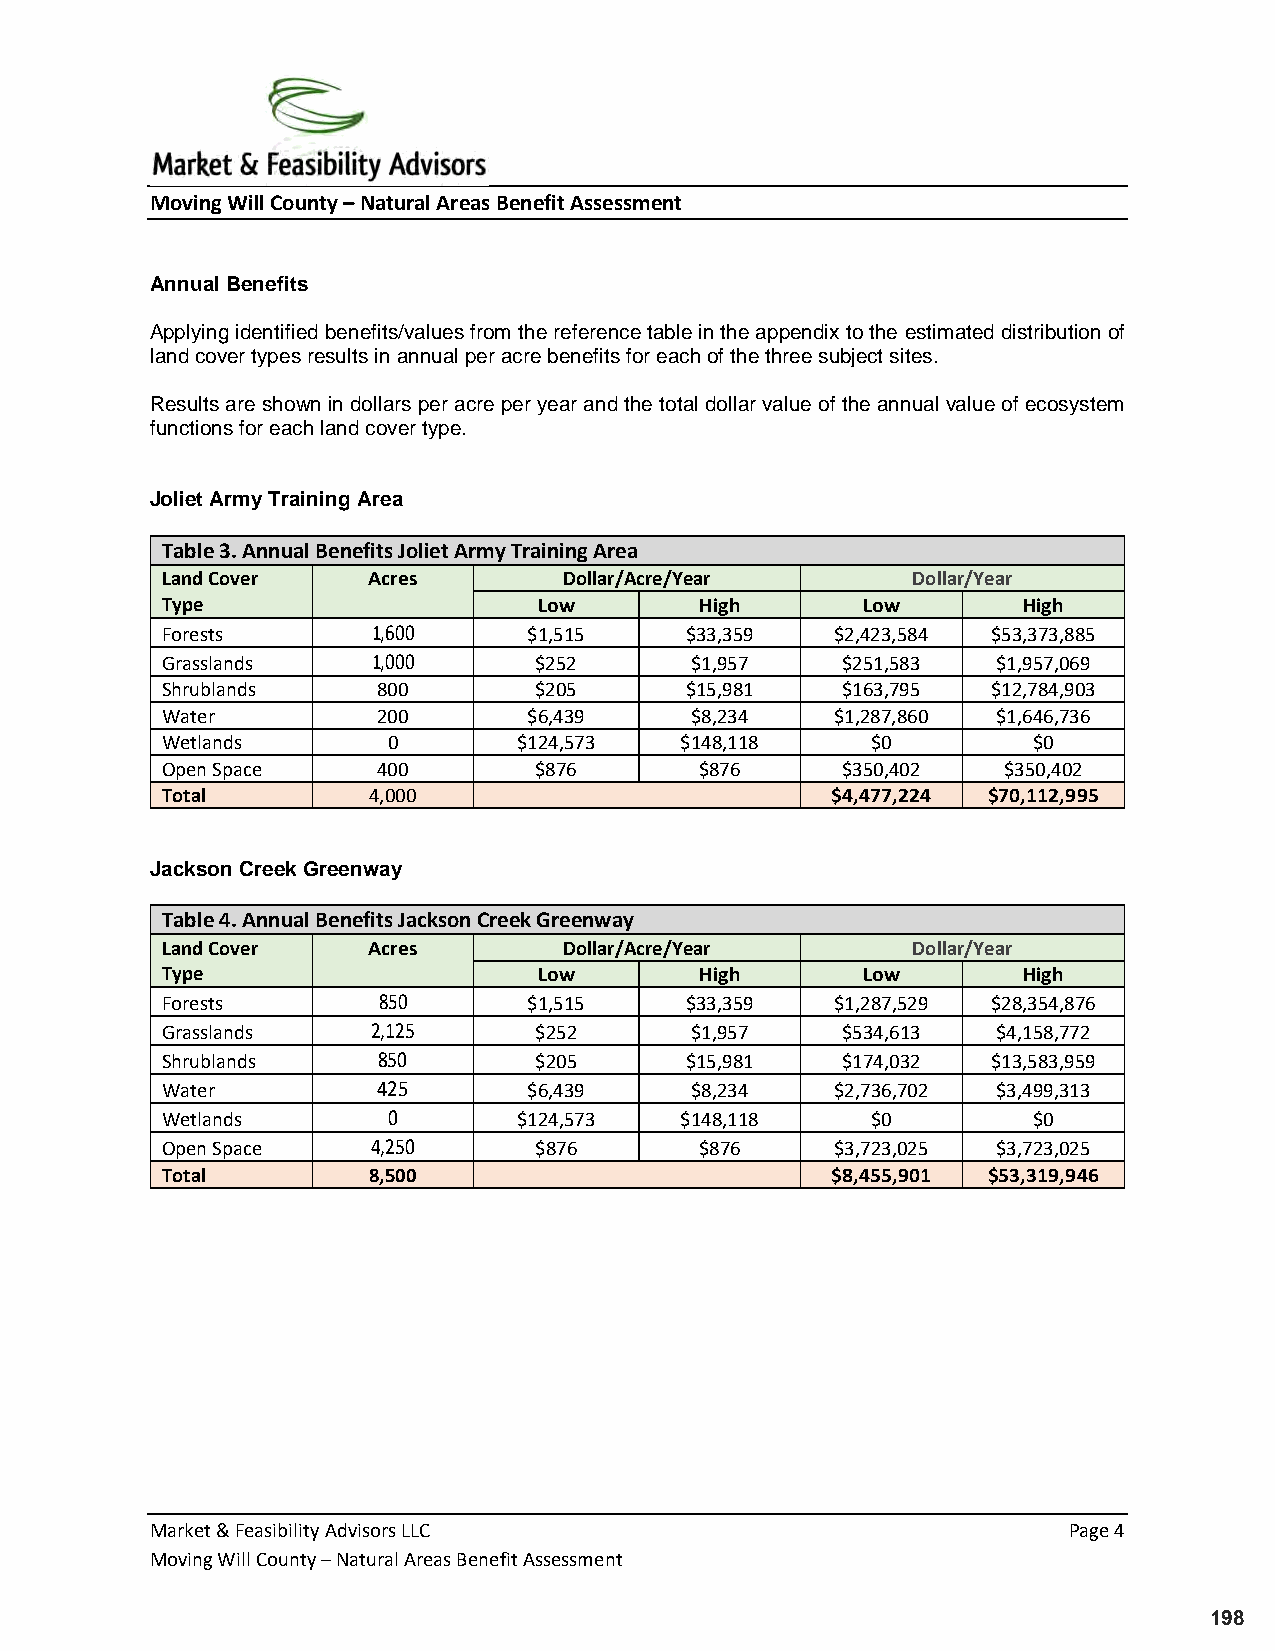
Moving Will County – Natural Areas Benefit Assessment
 Annual Benefits
 Applying identified benefits/values from the reference table in the appendix to the estimated distribution of
 land cover types results in annual per acre benefits for each of the three subject sites.
 Results are shown in dollars per acre per year and the total dollar value of the annual value of ecosystem
 functions for each land cover type.
 Joliet Army Training Area
 Table 3. Annual Benefits Joliet Army Training Area
 Land Cover   Acres        Dollar/Acre/Year       Dollar/Year
 Type                     Low       High       Low        High
 Forests       1,600     $1,515    $33,359   $2,423,584 $53,373,885
 Grasslands    1,000     $252       $1,957    $251,583  $1,957,069
 Shrublands    800       $205      $15,981    $163,795  $12,784,903
 Water         200       $6,439     $8,234   $1,287,860 $1,646,736
 Wetlands       0       $124,573   $148,118     $0        $0
 Open Space    400       $876       $876      $350,402  $350,402
 Total        4,000                          $4,477,224 $70,112,995
 Jackson Creek Greenway
 Table 4. Annual Benefits Jackson Creek Greenway
 Land Cover   Acres        Dollar/Acre/Year       Dollar/Year
 Type                     Low       High       Low        High
 Forests       850       $1,515    $33,359   $1,287,529 $28,354,876
 Grasslands    2,125     $252       $1,957    $534,613  $4,158,772
 Shrublands    850       $205      $15,981    $174,032  $13,583,959
 Water         425       $6,439     $8,234   $2,736,702 $3,499,313
 Wetlands       0       $124,573   $148,118     $0        $0
 Open Space    4,250     $876       $876     $3,723,025 $3,723,025
 Total        8,500                          $8,455,901 $53,319,946
 Market & Feasibility Advisors LLC                            Page 4
 Moving Will County – Natural Areas Benefit Assessment
 198